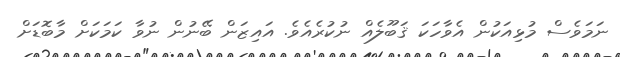
ނަމަވެސް މުޅިއަކުން އެވާހަކަ ޤަބޫލެއް ނުކުރެއެވެ. އައިޒަން ބޭނުން ނުވާ ކަމަކަށް މާބޮޑަށް